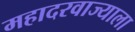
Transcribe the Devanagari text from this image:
महादरवाज्याला